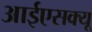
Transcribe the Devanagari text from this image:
आईएसक्यू